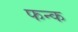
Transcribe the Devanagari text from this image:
फन्क